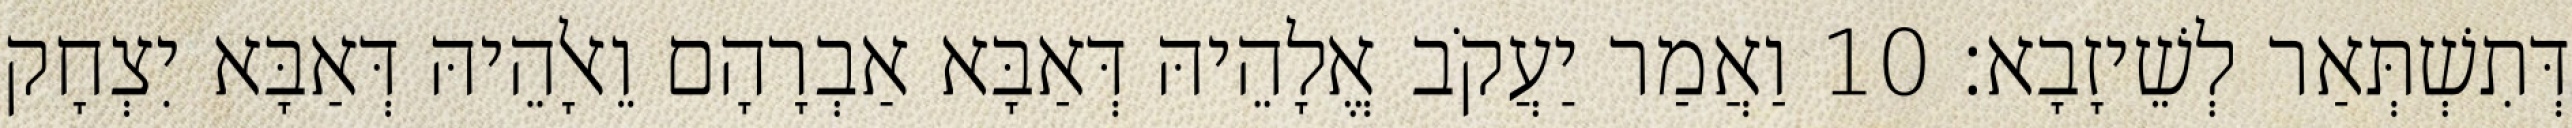
דְּתִשְׁתְּאַר לְשֵׁיזָבָא׃ 10 וַאֲמַר יַעֲקֹב אֱלָהֵיהּ דְּאַבָּא אַבְרָהָם וֵאלָהֵיהּ דְּאַבָּא יִצְחָק